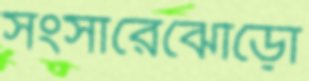
সংসারেঝোড়ো